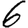
Digit: 6